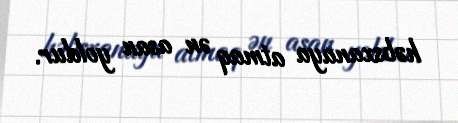
həbsxanaya atmaq ən asan yoldur.